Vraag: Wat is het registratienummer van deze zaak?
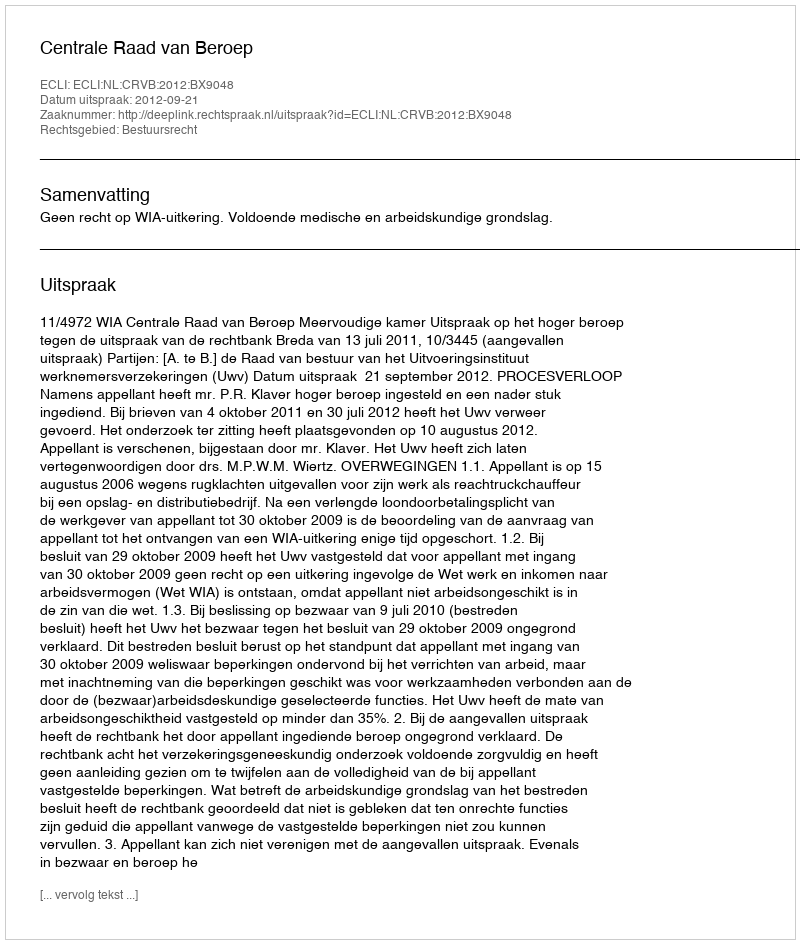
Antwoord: http://deeplink.rechtspraak.nl/uitspraak?id=ECLI:NL:CRVB:2012:BX9048